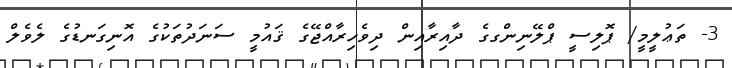
3- ތަޢުލީމީ/ ޕޮލިސީ ޕްލޭނިންގގެ ދާއިރާއިން ދިވެހިރާއްޖޭގެ ޤައުމީ ސަނަދުތަކުގެ އޮނިގަނޑުގެ ލެވެލް